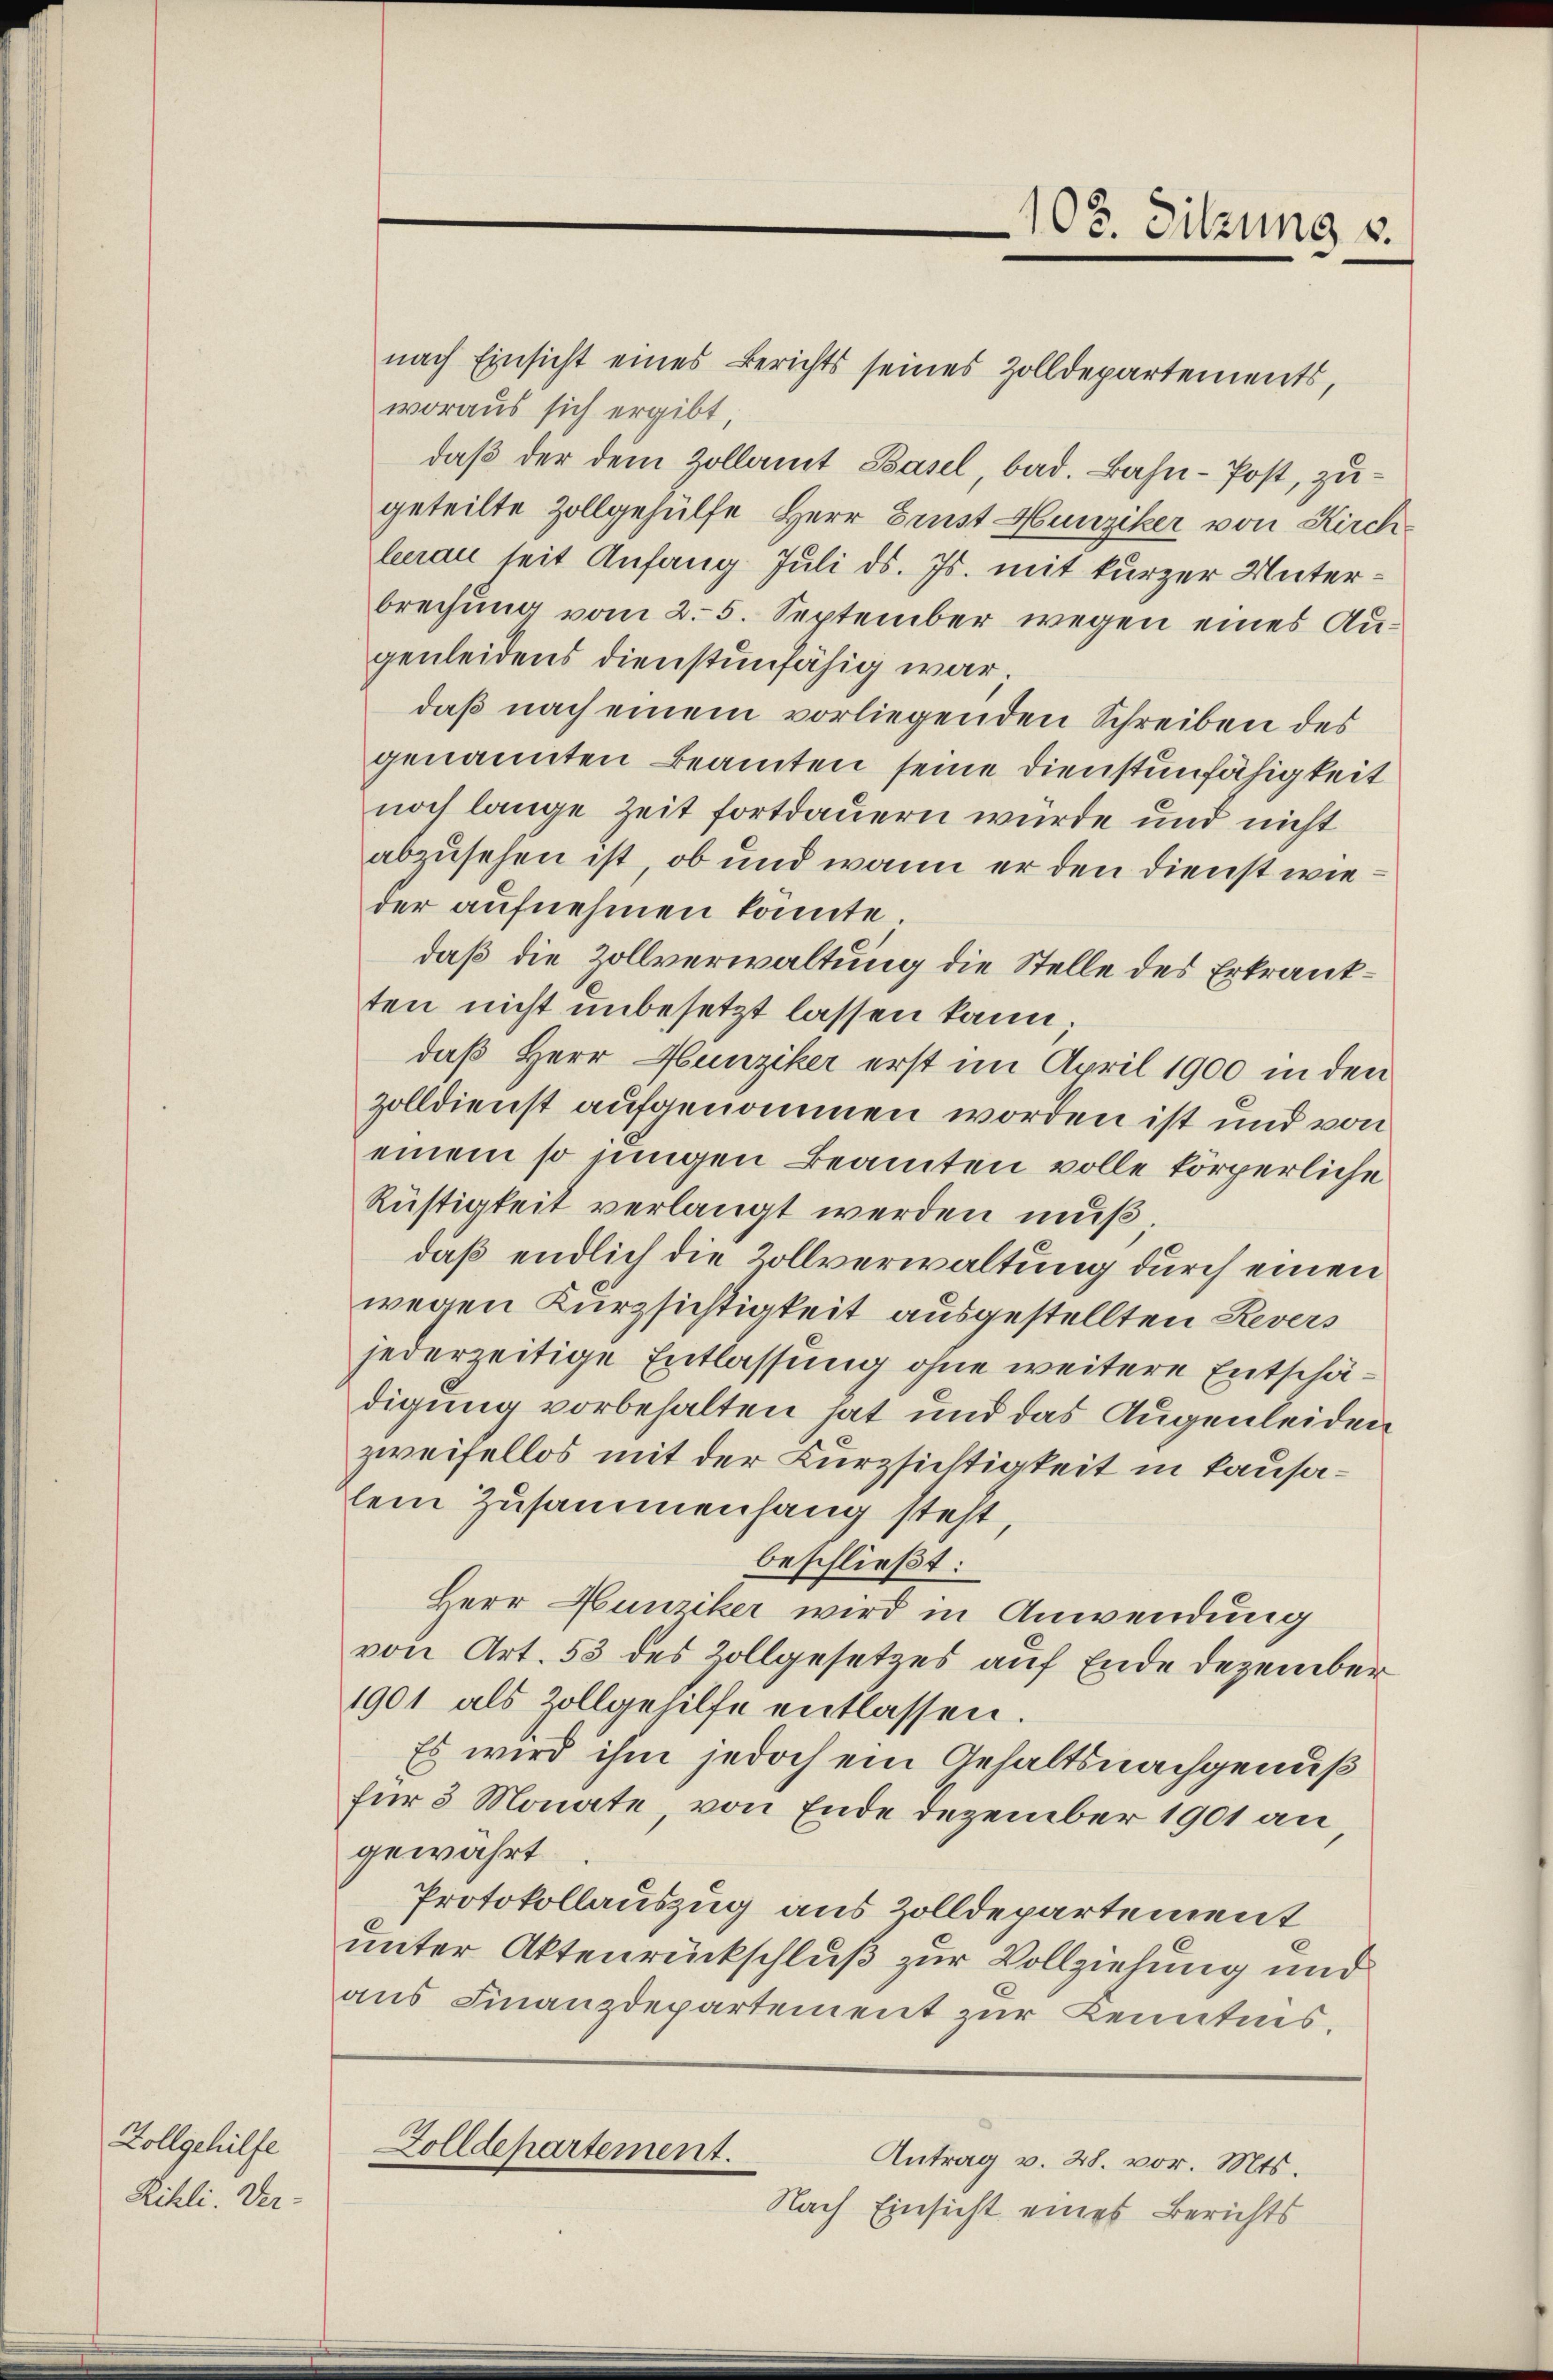
Zollgehilfe
Rihli. Der

Zolldepartement.
Antrag v. 28. vor. Mts.
Nach Einsicht eines Berichts

108. Sitzung v.

nach Einsicht eines Berichts seines Zolldepartements,
woraus sich ergibt
daß der dem Zollamt Basel, bad. Bahn-Post, zugeteilte Zollgehülfe Herr Brust Hunziker von Kirchlerau seit Anfang Juli d. Js. mit kurzer Unterbrechung vom 2. 5. September wegen eines Augenleidens dienstunfähig war;
daß nach einem vorliegenden Schreiben des
genannten Beamten seine Dienstunfähigkeit
noch lange Zeit fortdauern wurde und nicht
abzusehen ist, ob und wann er den Dienst wieder aufnehmen konnte.
daß die Zollverwaltung die Stelle des Erkrankten nicht unbesetzt lassen kann
daß Herr Hunziker erst im April 1900 in den
zolldienst aufgenommen worden ist und von
einem so jungen Beamten volle körperliche
Rüstigkeit verlangt werden muß
daß endlich die Zollverwaltung durch einen
wegen Kurzsichtigkeit ausgestellten Revers
jederzeitige Entlassung ohne weitere Entschädigung vorbehalten hat und das Augenleiden
zweifellos mit der Kurzsichtigkeit in kausalein Zusammenhang steht,
beschließt:
Herr Hunziker wird in Anwendung
von Art. 53 des Zollgesetzes auf Ende Dezember
1901 als Zollgehilfe entlassen.
Es wird ihm jedoch ein Gehaltsnachgenuß
für 3 Monate, von Ende Dezember 1901 an
gewährt
Protokollauszug aus Zolldepartement
unter Aktenrückschluß zur Vollziehung und
aus Finanzdepartement zur Kenntnis.